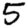
Digit: 5